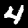
Digit: 4